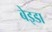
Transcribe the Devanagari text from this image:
बेइडा